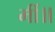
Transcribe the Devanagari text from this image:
मीं॥